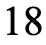
18